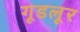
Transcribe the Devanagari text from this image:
गूडलूर